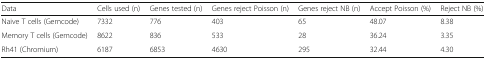
<table><thead><tr><td><b>Data</b></td><td><b>Cells used (n)</b></td><td><b>Genes tested (n)</b></td><td><b>Genes reject Poisson (n)</b></td><td><b>Genes reject NB (n)</b></td><td><b>Accept Poisson (%)</b></td><td><b>Reject NB (%)</b></td></tr></thead><tbody><tr><td>Naive T cells (Gemcode)</td><td>7332</td><td>776</td><td>403</td><td>65</td><td>48.07</td><td>8.38</td></tr><tr><td>Memory T cells (Gemcode)</td><td>8622</td><td>836</td><td>533</td><td>28</td><td>36.24</td><td>3.35</td></tr><tr><td>Rh41 (Chromium)</td><td>6187</td><td>6853</td><td>4630</td><td>295</td><td>32.44</td><td>4.30</td></tr></tbody></table>